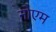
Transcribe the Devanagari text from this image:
नोएम